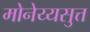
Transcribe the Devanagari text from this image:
मोनेय्यसुत्त